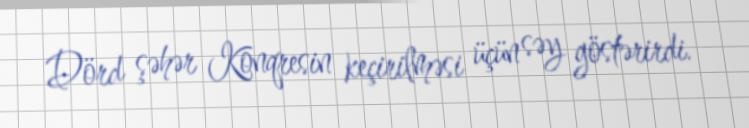
Dörd şəhər Konqresin keçirilməsi üçün səy göstərirdi.